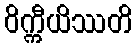
ဝိက္ကီယိဿတိ